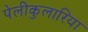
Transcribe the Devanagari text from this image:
पेलीकुलारिया